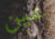
عين